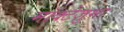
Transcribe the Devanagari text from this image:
मॉक्टेज़ुमा